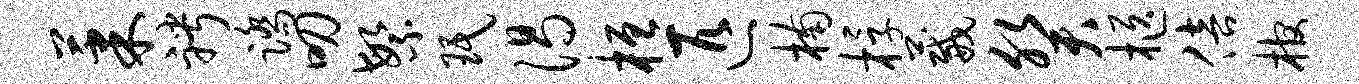
果聘踏叨繁珉渴桓匹楠桴葳癸柩倍棺